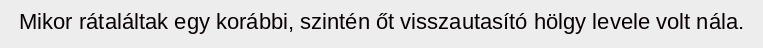
Mikor rátaláltak egy korábbi, szintén őt visszautasító hölgy levele volt nála.